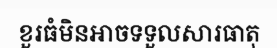
ខួរធំមិនអាចទទួលសារធាតុ